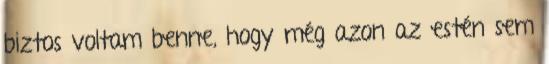
biztos voltam benne, hogy még azon az estén sem